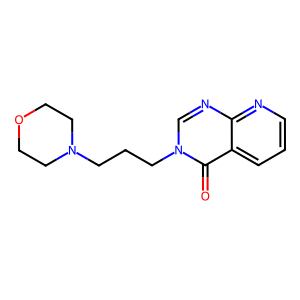
SMILES: O=c1c2cccnc2ncn1CCCN1CCOCC1
Inhibits HIV replication: No